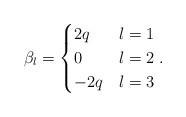
LaTeX: \begin{align*}\beta_l=\begin{cases}2q&l=1\\0&l=2\\-2q&l=3\end{cases}.\end{align*}